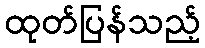
ထုတ်ပြန်သည့်